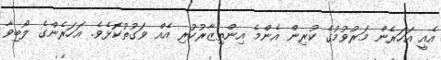
އެއީ އަހަރެން މަރުވުމުގެ ކުރިން އެންމެ އިންތިޒާރުކުރި އެއް ވަގުތުކޮޅެވެ. އަހަރެންގެ ލޯބިވާ